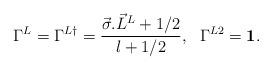
LaTeX: \begin{align*}\Gamma^L = \Gamma^{L{\dagger}} = \frac{\vec{\sigma}.{\vec{L}}^L +1/2}{l+1/2},~~ \Gamma^{L2} = {\bf 1}.\end{align*}